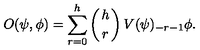
O ( \psi , \phi ) = \sum _ { r = 0 } ^ { h } \left( { h \atop r } \right) V ( \psi ) _ { - r - 1 } \phi .